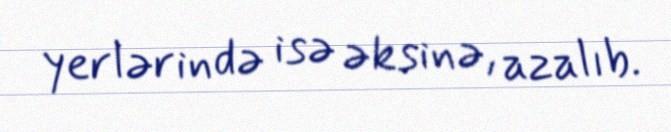
yerlərində isə əksinə, azalıb.